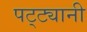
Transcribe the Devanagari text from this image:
पट्ट्यानी